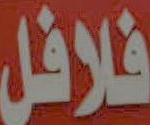
فلافل